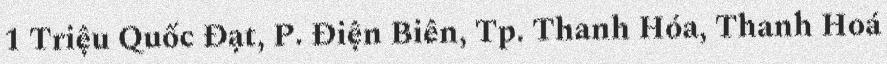
1 Triệu Quốc Đạt, P. Điện Biên, Tp. Thanh Hóa, Thanh Hoá